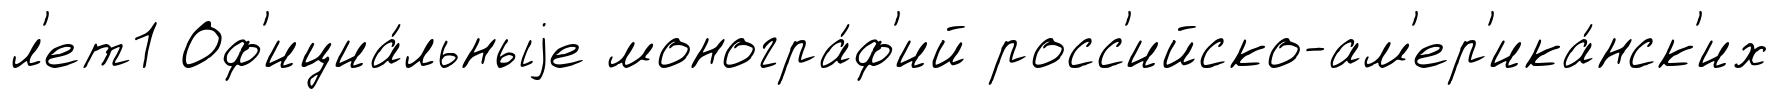
л'ет1 Оф'ициа́льныjе моногра́ф'ий росс'ийско-ам'ер'ика́нск'их